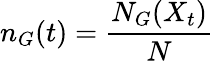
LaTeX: n_{G}(t)=\frac{N_{G}(X_{t})}{N}